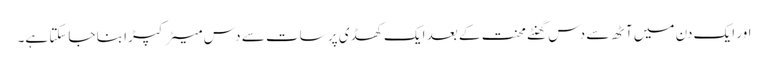
اور ایک دن میں آٹھ سے دس گھنٹے محنت کے بعد ایک کھڈی پر سات سے دس میٹر کپڑا بنا جاسکتا ہے۔